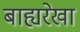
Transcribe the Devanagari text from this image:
बाह्यरेखा